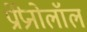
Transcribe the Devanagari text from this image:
प्रोप्रेनोलॉल